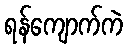
ရန်ကျောက်ကဲ